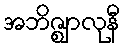
အဘိဇ္ဈာလုနီ